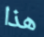
هذا